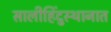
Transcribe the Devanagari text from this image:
सालीहिंदुस्थानात